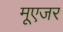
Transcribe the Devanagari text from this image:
मूएजर